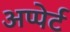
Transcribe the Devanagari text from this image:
अप्पेर्ट